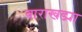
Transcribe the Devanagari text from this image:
बाराखड्या